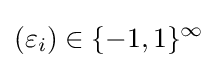
(\varepsilon _{i})\in \{-1,1\}^{\infty }